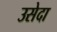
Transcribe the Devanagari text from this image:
उसेदा